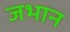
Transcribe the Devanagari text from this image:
जभान